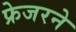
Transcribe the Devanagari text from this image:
फ्रेजरने